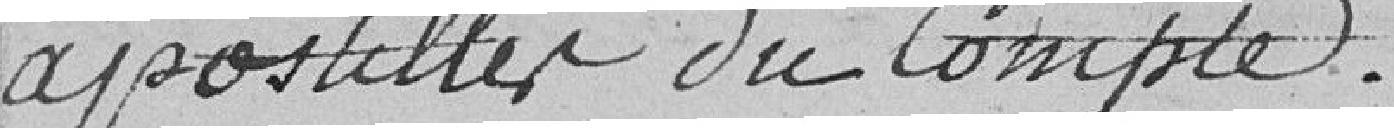
apostilles du compte.